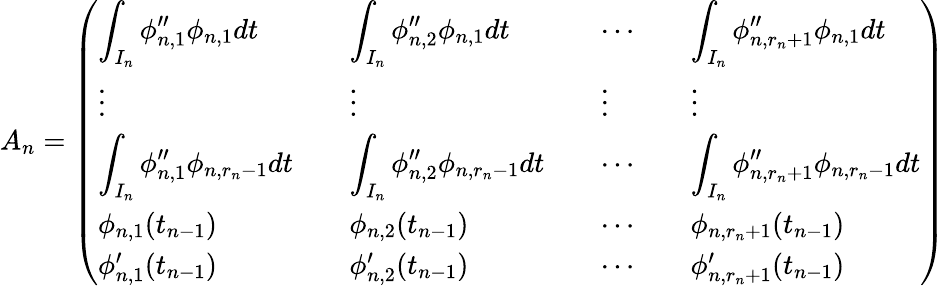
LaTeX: A_{n}=\left(\begin{array}{llll}{\displaystyle\int_{I_{n}}\phi_{n,1}^{\prime\prime}\phi_{n,1}dt\quad}&{\displaystyle\int_{I_{n}}\phi_{n,2}^{\prime\prime}\phi_{n,1}dt\quad}&{\cdots\quad}&{\displaystyle\int_{I_{n}}\phi_{n,r_{n}+1}^{\prime\prime}\phi_{n,1}dt}\\ {\vdots\quad}&{\vdots\quad}&{\vdots\quad}&{\vdots}\\ {\displaystyle\int_{I_{n}}\phi_{n,1}^{\prime\prime}\phi_{n,r_{n}-1}dt\quad}&{\displaystyle\int_{I_{n}}\phi_{n,2}^{\prime\prime}\phi_{n,r_{n}-1}dt\quad}&{\cdots\quad}&{\displaystyle\int_{I_{n}}\phi_{n,r_{n}+1}^{\prime\prime}\phi_{n,r_{n}-1}dt}\\ {\phi_{n,1}(t_{n-1})\quad}&{\phi_{n,2}(t_{n-1})\quad}&{\cdots\quad}&{\phi_{n,r_{n}+1}(t_{n-1})}\\ {\phi_{n,1}^{\prime}(t_{n-1})\quad}&{\phi_{n,2}^{\prime}(t_{n-1})\quad}&{\cdots\quad}&{\phi_{n,r_{n}+1}^{\prime}(t_{n-1})}\end{array}\right)